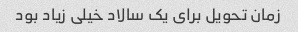
زمان تحویل برای یک سالاد خیلی زیاد بود